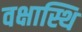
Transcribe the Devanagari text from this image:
वक्षास्थि